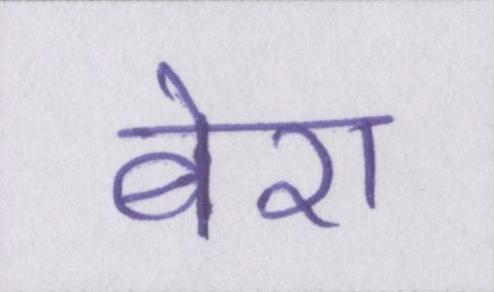
बेरा